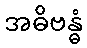
အဓိဗန္ဓံ